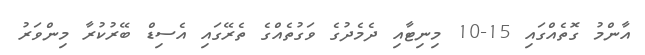
އާންމު ގޮތެއްގައި 15-10 މިނިޓާއި ދެމެދުގެ ވަގުތެއްގެ ތެރޭގައި އެސިޑް ބޭރުކުރާ މިންވަރު